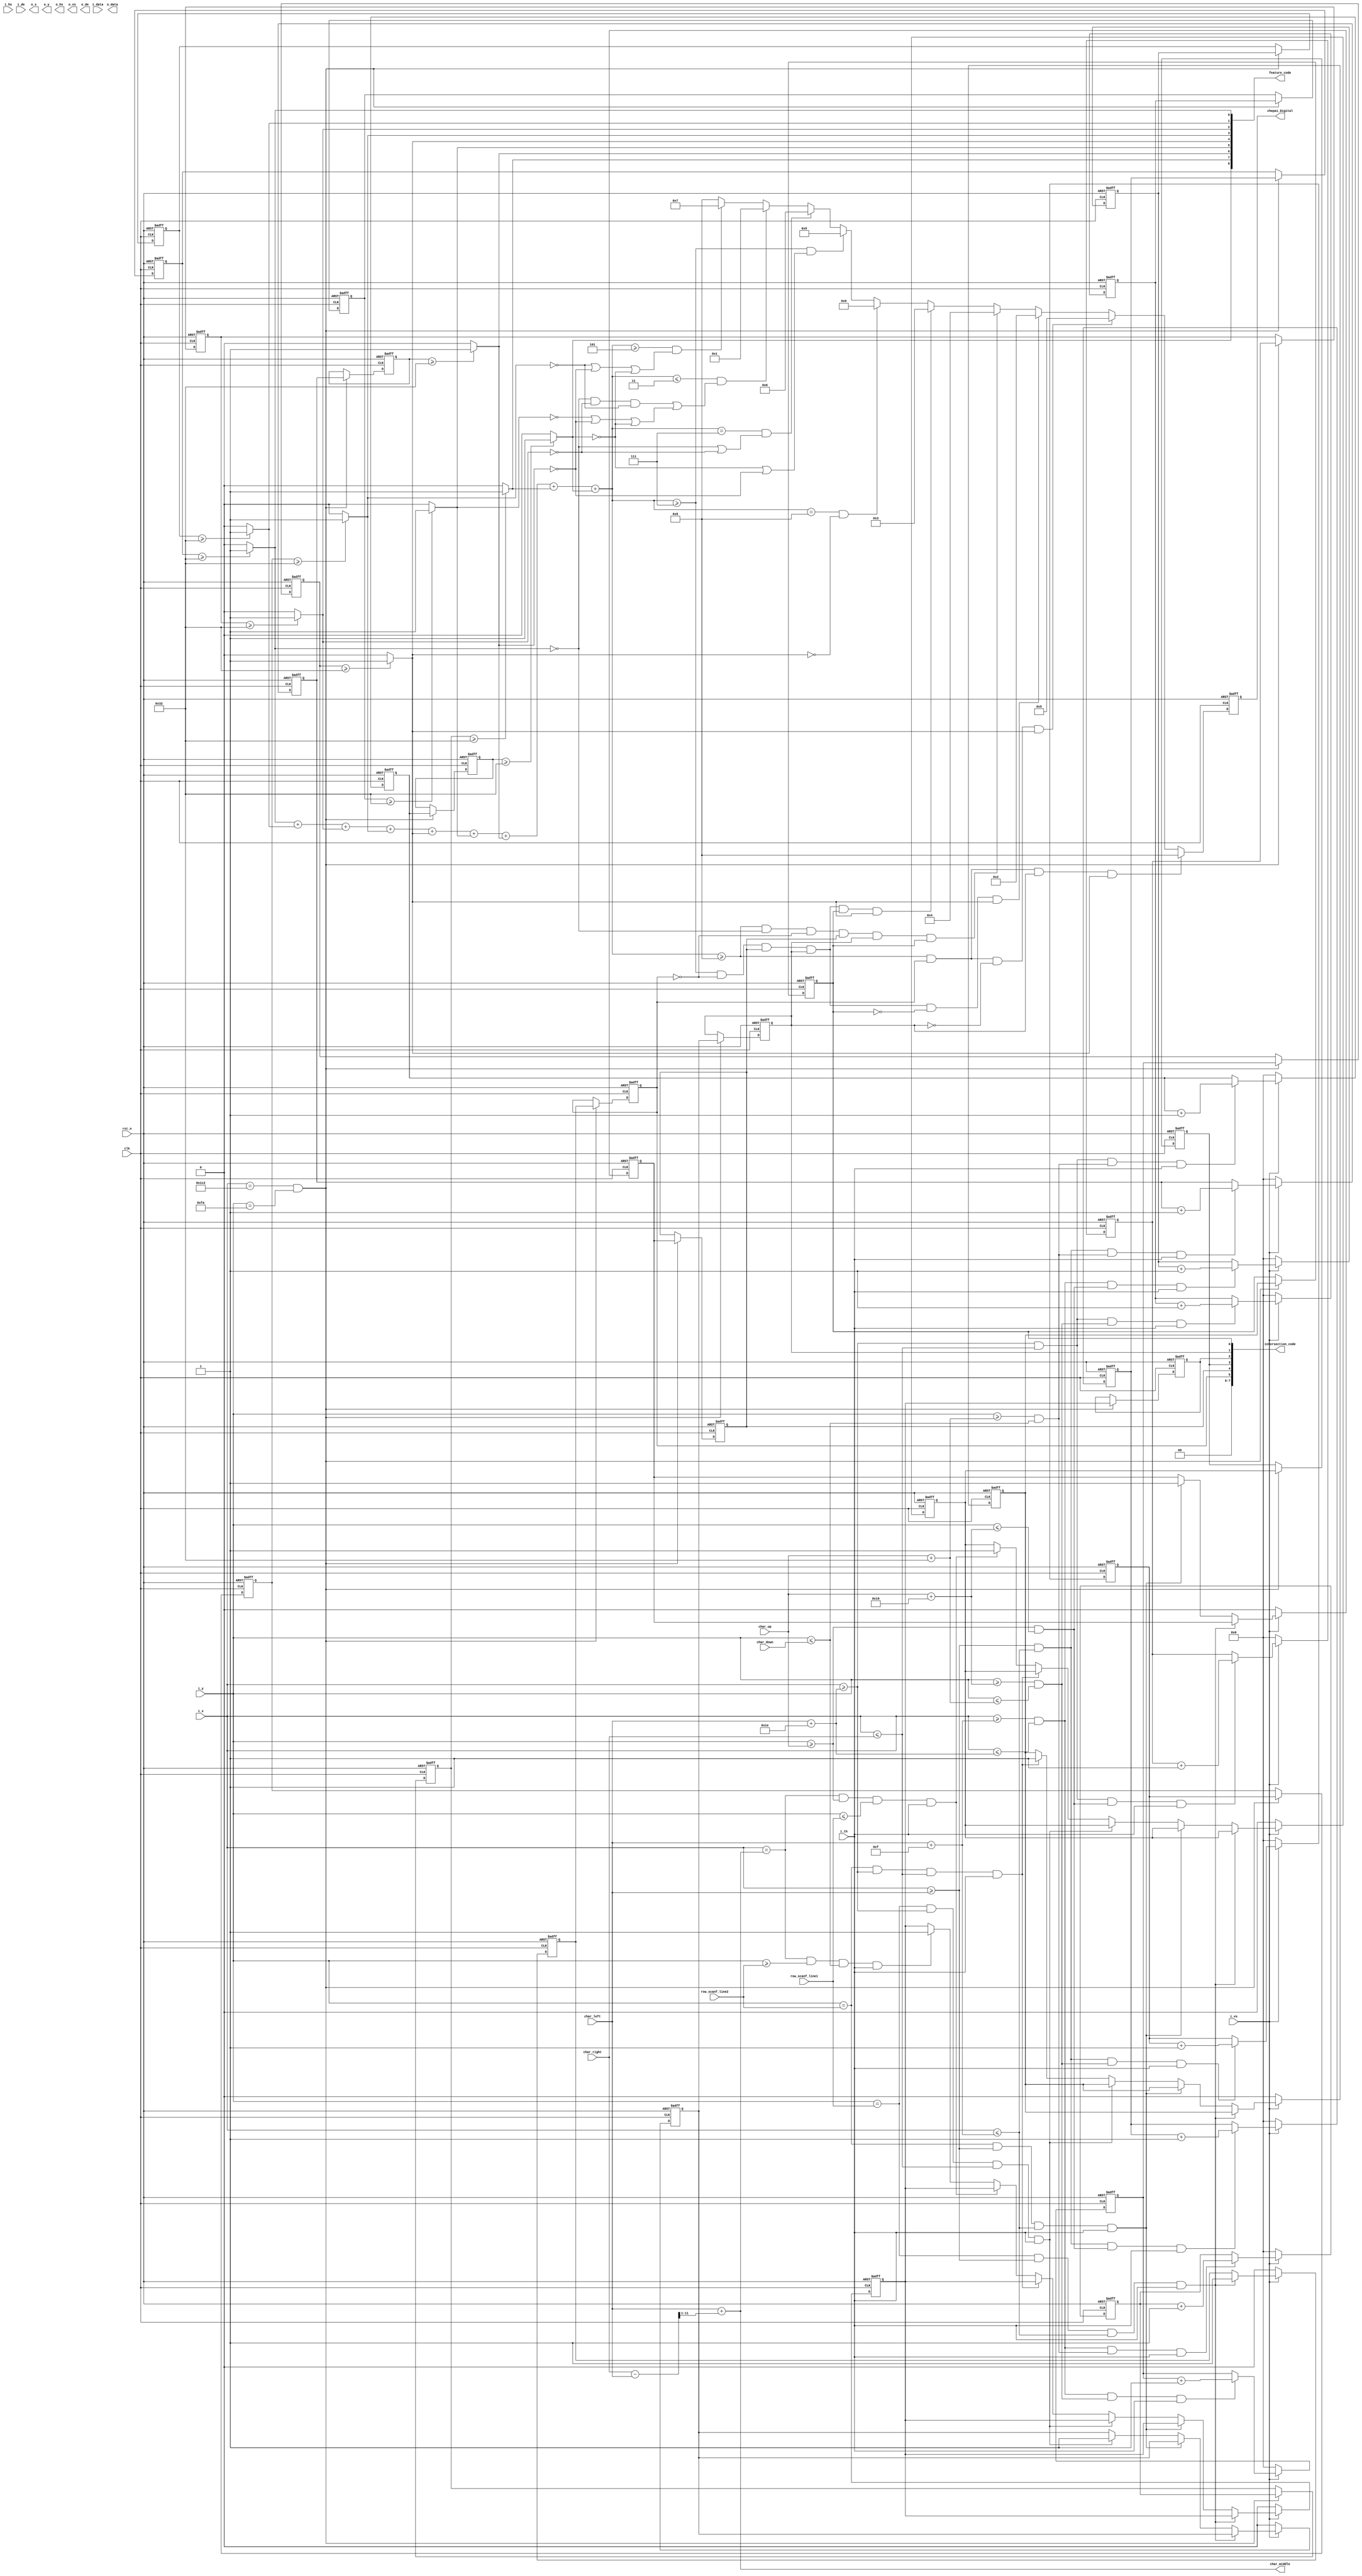
module Digital_feature_scan5
(
	input                   rst_n,   
	input                   clk,
	input                   i_hs,    
	input                   i_vs,    
	input                   i_de, 

	input		[11:0]		i_x,        // video position X
	input		[11:0]		i_y,         // video position y	
	input		[23:0]		i_data,
	input					i_th,
	
	input		[11:0]		char_up,
	input		[11:0]		char_down,	
	input		[11:0]		char_left,
	input		[11:0]		char_right,
	
	input		[11:0]		row_scanf_line1,
	input		[11:0]		row_scanf_line2,
	
	output		[8:0]		feature_code,
	output	reg	[3:0]		chepai_Digital,
	output		[11:0]		char_middle,
	
	output		[23:0]		o_data,
	output		[11:0]		o_x,        // video position X
	output		[11:0]		o_y,         // video position y	
	
	output                  o_hs,    
	output                  o_vs,    
	output                  o_de,
	output		[7:0]		intersection_code

);

wire	[11:0] 	x_cnt	=	i_x;
wire	[11:0]	y_cnt	=	i_y;

reg	[11:0]	feature11_count_reg	,	feature11_count;
reg	[11:0]	feature12_count_reg	,	feature12_count;
reg	[11:0]	feature13_count_reg	,	feature13_count;
reg	[11:0]	feature21_count_reg	,	feature21_count;
reg	[11:0]	feature22_count_reg	,	feature22_count;
reg	[11:0]	feature23_count_reg	,	feature23_count;
reg	[11:0]	feature31_count_reg	,	feature31_count;
reg	[11:0]	feature32_count_reg	,	feature32_count;
reg	[11:0]	feature33_count_reg	,	feature33_count;

reg		intersection_L1,intersection_L2;
reg		intersection_M1,intersection_M2;
reg		intersection_R1,intersection_R2;

reg		intersection_L1_reg,intersection_L2_reg;
reg		intersection_M1_reg,intersection_M2_reg;
reg		intersection_R1_reg,intersection_R2_reg;

assign	intersection_code={2'b0,intersection_L1,intersection_L2,intersection_M1,intersection_M2,intersection_R1,intersection_R2};


wire	intersection_L1_en	=	((y_cnt == row_scanf_line1)&&( x_cnt>= char_left )&&( x_cnt<= char_left+15)	);
wire	intersection_L2_en	=	((y_cnt == row_scanf_line2)&&( x_cnt>= char_left )&&( x_cnt<= char_left+15)	);

wire	intersection_M1_en	=	((x_cnt == char_middle)&&( y_cnt>= char_up )&&( y_cnt<= row_scanf_line1)	);
wire	intersection_M2_en	=	((x_cnt == char_middle)&&( y_cnt>= row_scanf_line2 )&&( y_cnt<= char_down)	);

wire	intersection_R1_en	=	((y_cnt == row_scanf_line1)&&( x_cnt>= char_left+2*15 )&&( x_cnt<= char_right)	);
wire	intersection_R2_en	=	((y_cnt == row_scanf_line2)&&( x_cnt>= char_left+2*15 )&&( x_cnt<= char_right)	);


always@(posedge clk,negedge rst_n)
begin
	if( !rst_n )
		begin
			intersection_L1_reg	<=	'b0;
			intersection_L2_reg	<=	'b0;
			intersection_M1_reg	<=	'b0;
			intersection_M2_reg	<=	'b0;
			intersection_R1_reg	<=	'b0;
			intersection_R2_reg	<=	'b0;
		end
	else if( i_vs == 0 )
		begin
			intersection_L1_reg	<=	'b0;
			intersection_L2_reg	<=	'b0;
			intersection_M1_reg	<=	'b0;
			intersection_M2_reg	<=	'b0;
			intersection_R1_reg	<=	'b0;
			intersection_R2_reg	<=	'b0;
		end
	else if(intersection_L1_en && i_th)
		intersection_L1_reg	<=	1'b1;
	else if(intersection_L2_en && i_th)
		intersection_L2_reg	<=	1'b1;
	else if(intersection_R1_en && i_th)
		intersection_R1_reg	<=	1'b1;
	else if(intersection_R2_en && i_th)
		intersection_R2_reg	<=	1'b1;
	else if(intersection_M1_en && i_th)
		intersection_M1_reg	<=	1'b1;
	else if(intersection_M2_en && i_th)
		intersection_M2_reg	<=	1'b1;
end


assign	feature_code[0]	=	(	feature11_count	>=	50	)	?	1'b1	:	1'b0	;
assign	feature_code[1]	=	(	feature12_count	>=	50	)	?	1'b1	:	1'b0	;
assign	feature_code[2]	=	(	feature13_count	>=	50	)	?	1'b1	:	1'b0	;
assign	feature_code[3]	=	(	feature21_count	>=	50	)	?	1'b1	:	1'b0	;
assign	feature_code[4]	=	(	feature22_count	>=	50	)	?	1'b1	:	1'b0	;
assign	feature_code[5]	=	(	feature23_count	>=	50	)	?	1'b1	:	1'b0	;
assign	feature_code[6]	=	(	feature31_count	>=	50	)	?	1'b1	:	1'b0	;
assign	feature_code[7]	=	(	feature32_count	>=	50	)	?	1'b1	:	1'b0	;
assign	feature_code[8]	=	(	feature33_count	>=	50	)	?	1'b1	:	1'b0	;

wire	[11:0]	char_width	=	char_right	-	char_left	;
wire	[11:0]	char_height	=	char_down	-	char_up		;
assign	char_middle	=	char_left	+	char_width[11:1];
wire	col_scanf_en	=	( ( x_cnt== char_middle	    ) && ( y_cnt > char_up   ) && ( y_cnt <= char_down  ) );

wire	row1_scanf_en	=	( ( y_cnt== row_scanf_line1 ) && ( x_cnt > char_left ) && ( x_cnt <= char_right ) );
wire	row2_scanf_en	=	( ( y_cnt== row_scanf_line2 ) && ( x_cnt > char_left ) && ( x_cnt <= char_right ) );

wire	[4:0]	feature_sum	=	feature_code[0]	+	feature_code[1]	+	feature_code[2]	+
                                feature_code[3]	+	feature_code[4]	+	feature_code[5]	+
                                feature_code[6]	+	feature_code[7]	+	feature_code[8]	;

wire	vaule_output	=	(	x_cnt	==	450	&&	y_cnt	==	250	);


wire	featuer_region11	=	(	(	( x_cnt >= char_left )	&&	( x_cnt <= char_left+15	)	)
								&&	(	( y_cnt >= char_up )	&&	( y_cnt <= char_up+25 	)	)	
							);


wire	featuer_region12	=	(	(	( x_cnt >= char_left+15 )	&&	( x_cnt <= char_left+15*2	)	)
								&&	(	( y_cnt >= char_up )	&&	( y_cnt <= char_up+25 	)	)	
							);							
	
wire	featuer_region13	=	(	(	( x_cnt >= char_left+15*2 )	&&	( x_cnt <= char_right	)	)
								&&	(	( y_cnt >= char_up )	&&	( y_cnt <= char_up+25 	)	)	
							);	
							
wire	featuer_region21	=	(	(	( x_cnt >= char_left )	&&	( x_cnt <= char_left+15	)	)
								&&	(	( y_cnt >= char_up+25 )	&&	( y_cnt <= char_up+25*2 	)	)	
							);
		
wire	featuer_region22	=	(	(	( x_cnt >= char_left+15 )	&&	( x_cnt <= char_left+15*2	)	)
								&&	(	( y_cnt >= char_up+25 )	&&	( y_cnt <= char_up+25*2  	)	)	
							);
	
wire	featuer_region23	=	(	(	( x_cnt >= char_left +15*2)	&&	( x_cnt <= char_right	)	)
								&&	(	( y_cnt >= char_up+25 )	&&	( y_cnt <= char_up+25*2  	)	)	
							);
							
wire	featuer_region31	=	(	(	( x_cnt >= char_left )	&&	( x_cnt <= char_left+15	)	)
								&&	(	( y_cnt >= char_up+25*2 )	&&	( y_cnt <= char_down 	)	)	
							);


wire	featuer_region32	=	(	(	( x_cnt >= char_left+15 )	&&	( x_cnt <= char_left+15*2	)	)
								&&	(	( y_cnt >= char_up+25*2 )	&&	( y_cnt <= char_down 	)	)	
							);


wire	featuer_region33	=	(	(	( x_cnt >= char_left+15*2 )	&&	( x_cnt <= char_right	)	)
								&&	(	( y_cnt >= char_up+25*2 )	&&	( y_cnt <= char_down 	)	)	
							);	
	
always@(posedge clk,negedge rst_n)
begin
	if(!rst_n)
		feature11_count_reg	<=	'b0;
	else if( i_vs == 1'b0 )
		feature11_count_reg	<=	'b0;
	else if( featuer_region11 && i_th )  
		feature11_count_reg	<=	feature11_count_reg + 1'b1;
	else
		feature11_count_reg	<=	feature11_count_reg;
end


always@(posedge clk,negedge rst_n)
begin
	if(!rst_n)
		feature12_count_reg	<=	'b0;
	else if( i_vs == 1'b0 )
		feature12_count_reg	<=	'b0;
	else if( featuer_region12 && i_th )  
		feature12_count_reg	<=	feature12_count_reg + 1'b1;
	else
		feature12_count_reg	<=	feature12_count_reg;
end


always@(posedge clk,negedge rst_n)
begin
	if(!rst_n)
		feature13_count_reg	<=	'b0;
	else if( i_vs == 1'b0 )
		feature13_count_reg	<=	'b0;
	else if( featuer_region13 && i_th )  
		feature13_count_reg	<=	feature13_count_reg + 1'b1;
	else
		feature13_count_reg	<=	feature13_count_reg;
end

//21
always@(posedge clk,negedge rst_n)
begin
	if(!rst_n)
		feature21_count_reg	<=	'b0;
	else if( i_vs == 1'b0 )
		feature21_count_reg	<=	'b0;
	else if( featuer_region21 && i_th )  
		feature21_count_reg	<=	feature21_count_reg + 1'b1;
	else
		feature21_count_reg	<=	feature21_count_reg;
end

//22
always@(posedge clk,negedge rst_n)
begin
	if(!rst_n)
		feature22_count_reg	<=	'b0;
	else if( i_vs == 1'b0 )
		feature22_count_reg	<=	'b0;
	else if( featuer_region22 && i_th )  
		feature22_count_reg	<=	feature22_count_reg + 1'b1;
	else
		feature22_count_reg	<=	feature22_count_reg;
end


//23
always@(posedge clk,negedge rst_n)
begin
	if(!rst_n)
		feature23_count_reg	<=	'b0;
	else if( i_vs == 1'b0 )
		feature23_count_reg	<=	'b0;
	else if( featuer_region23 && i_th )  
		feature23_count_reg	<=	feature23_count_reg + 1'b1;
	else
		feature23_count_reg	<=	feature23_count_reg;
end

//31
always@(posedge clk,negedge rst_n)
begin
	if(!rst_n)
		feature31_count_reg	<=	'b0;
	else if( i_vs == 1'b0 )
		feature31_count_reg	<=	'b0;
	else if( featuer_region31 && i_th )  
		feature31_count_reg	<=	feature31_count_reg + 1'b1;
	else
		feature31_count_reg	<=	feature31_count_reg;
end

//32
always@(posedge clk,negedge rst_n)
begin
	if(!rst_n)
		feature32_count_reg	<=	'b0;
	else if( i_vs == 1'b0 )
		feature32_count_reg	<=	'b0;
	else if( featuer_region32 && i_th )  
		feature32_count_reg	<=	feature32_count_reg + 1'b1;
	else
		feature32_count_reg	<=	feature32_count_reg;
end

//33
always@(posedge clk,negedge rst_n)
begin
	if(!rst_n)
		feature33_count_reg	<=	'b0;
	else if( i_vs == 1'b0 )
		feature33_count_reg	<=	'b0;
	else if( featuer_region33 && i_th )  
		feature33_count_reg	<=	feature33_count_reg + 1'b1;
	else
		feature33_count_reg	<=	feature33_count_reg;
end
always@(posedge clk,negedge rst_n)
begin
	if(!rst_n)
		begin
			feature11_count	<=	'b0;
		    feature12_count	<=	'b0;
		    feature13_count	<=	'b0;
		    feature21_count	<=	'b0;
		    feature22_count	<=	'b0;
		    feature23_count	<=	'b0;
		    feature31_count	<=	'b0;
		    feature32_count	<=	'b0;
	        feature33_count	<=	'b0;
			intersection_L1	<=	'b0;
			intersection_L2	<=	'b0;
			intersection_M1	<=	'b0;
			intersection_M2	<=	'b0;
			intersection_R1	<=	'b0;
			intersection_R2	<=	'b0;
		end
	else if(vaule_output)
		begin
			feature11_count	<=	feature11_count_reg	;
		    feature12_count	<=	feature12_count_reg	;
		    feature13_count	<=	feature13_count_reg	;
		    feature21_count	<=	feature21_count_reg	;
		    feature22_count	<=	feature22_count_reg	;
		    feature23_count	<=	feature23_count_reg	;
		    feature31_count	<=	feature31_count_reg	;
		    feature32_count	<=	feature32_count_reg	;
	        feature33_count	<=	feature33_count_reg	;

			intersection_L1	<=	intersection_L1_reg;
			intersection_L2	<=	intersection_L2_reg;
			intersection_M1	<=	intersection_M1_reg;
			intersection_M2	<=	intersection_M2_reg;
			intersection_R1	<=	intersection_R1_reg;
			intersection_R2	<=	intersection_R2_reg;
		end
end


always@(posedge clk,negedge rst_n)
begin
	if(!rst_n)
		chepai_Digital	<=	'b0;
	
	else if( feature_sum >= 8 && intersection_L1==1 && intersection_R1==1 && feature_code[4]==1)
		chepai_Digital	<=	4'h8;
	else if( feature_sum >= 8 && intersection_L1==1 && intersection_R1==0 && feature_code[4]==1)
		chepai_Digital	<=	4'h5;	
	else if( feature_sum >=7 && intersection_L1==0&& intersection_L2==1 && intersection_R1==1 && intersection_R2==0&& feature_code[4]==1)
		chepai_Digital	<=	4'h2;

	else if( feature_sum >= 8 && feature_code[0]==0 && intersection_L1==0  && intersection_L2==1 && intersection_R1==1 && intersection_R2==1)
		chepai_Digital	<=	4'h4;	
	
	else if( feature_sum >=7 && intersection_L1==0 && intersection_L2==1 && intersection_R1==1 && intersection_R2==1&& feature_code[4]==1)
		chepai_Digital	<=	4'h3;
		
	else if( feature_sum == 8 && feature_code[4]==0 )
		chepai_Digital	<=	4'h0;

	else if( feature_sum >= 7 && ( feature_code[8]==0 || feature_code[6]==0))
		chepai_Digital	<=	4'h9;
	else if( feature_sum == 7 && ( feature_code[0]==0 ||feature_code[2]==0   ) )
		chepai_Digital	<=	4'h6;
	else if( feature_sum <= 3 && ( (feature_code[0]==0 && feature_code[2]==0 && feature_code[3]==0) ||( feature_code[5]==0 ||feature_code[6]==0 ||feature_code[8]==0  ) ) )
		chepai_Digital	<=	4'h1;
	else if( feature_sum >= 5 && ( feature_code[3]==0 ||feature_code[6]==0 ||feature_code[8]==0  ) )
		chepai_Digital	<=	4'h7;

//**************************************		
	else
		chepai_Digital	<=	4'h8;
end


endmodule